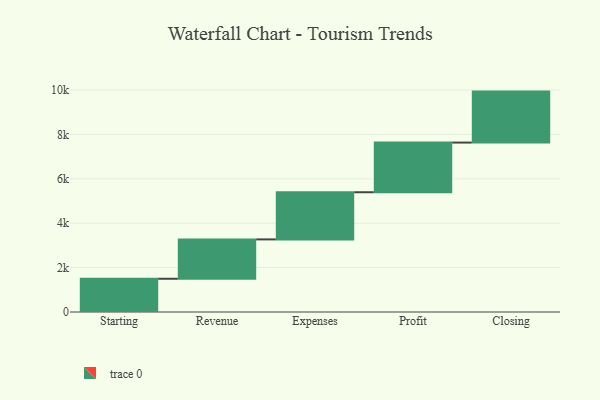
{"axis": {"x": "Step", "y": "Value"}, "legend": [""], "data": [{"x": "Starting", "y": 1498.0, "type": ""}, {"x": "Revenue", "y": 1774.0, "type": ""}, {"x": "Expenses", "y": 2125.0, "type": ""}, {"x": "Profit", "y": 2238.0, "type": ""}, {"x": "Closing", "y": 2297.0, "type": ""}]}